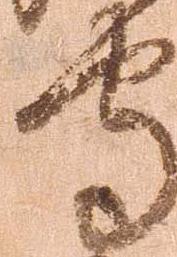
守